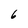
Character: 6